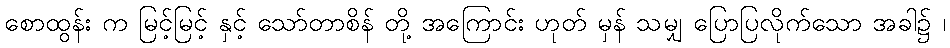
စောထွန်း က မြင့်မြင့် နှင့် သော်တာစိန် တို့ အကြောင်း ဟုတ် မှန် သမျှ ပြောပြလိုက်သော အခါ၌ ၊